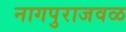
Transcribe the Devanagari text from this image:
नागपुराजवळ